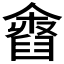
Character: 𦦓